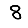
Digit: 8